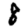
Digit: 8